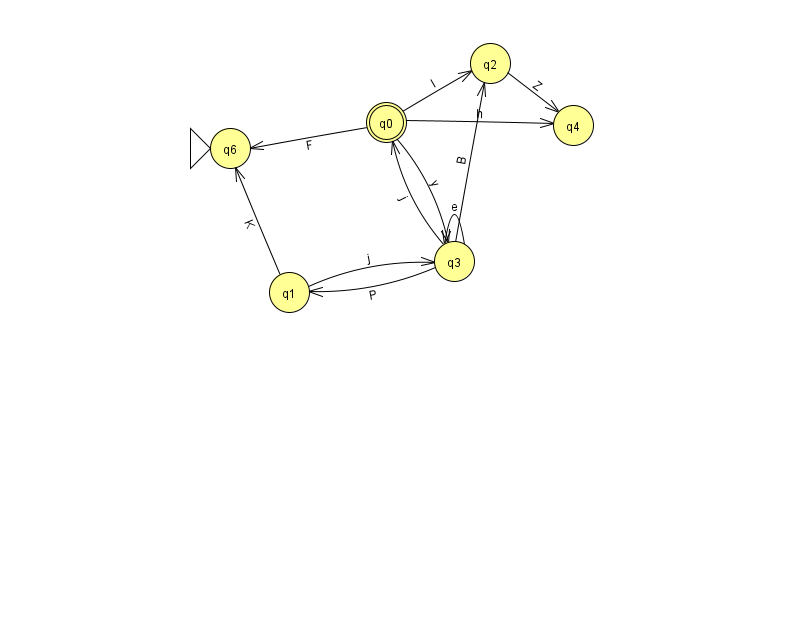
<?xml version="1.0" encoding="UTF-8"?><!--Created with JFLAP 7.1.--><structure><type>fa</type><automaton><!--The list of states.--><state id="0" name="q0"><x>386.0</x><y>109.0</y><final/></state><state id="1" name="q1"><x>289.0</x><y>279.0</y></state><state id="2" name="q2"><x>490.0</x><y>50.0</y></state><state id="3" name="q3"><x>454.0</x><y>248.0</y></state><state id="4" name="q4"><x>573.0</x><y>112.0</y></state><state id="6" name="q6"><x>230.0</x><y>135.0</y><initial/></state><!--The list of transitions.--><transition><from>0</from><to>2</to><read>I</read></transition><transition><from>1</from><to>6</to><read>K</read></transition><transition><from>3</from><to>1</to><read>P</read></transition><transition><from>3</from><to>3</to><read>e</read></transition><transition><from>2</from><to>4</to><read>Z</read></transition><transition><from>1</from><to>3</to><read>j</read></transition><transition><from>0</from><to>6</to><read>F</read></transition><transition><from>0</from><to>3</to><read>y</read></transition><transition><from>0</from><to>4</to><read>h</read></transition><transition><from>3</from><to>0</to><read>j</read></transition><transition><from>3</from><to>2</to><read>B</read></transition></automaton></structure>